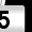
Digit: 5